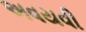
અવયવી